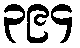
၃၉၄